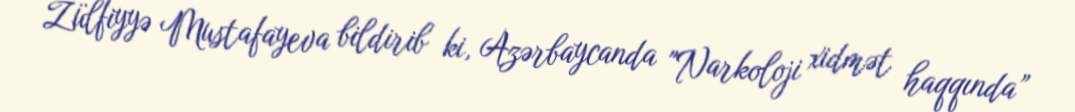
Zülfiyyə Mustafayeva bildirib ki, Azərbaycanda "Narkoloji xidmət haqqında”